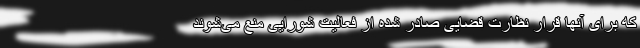
که برای آنها قرار نظارت قضایی صادر شده از فعالیت شورایی منع می‌شوند